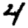
Digit: 4